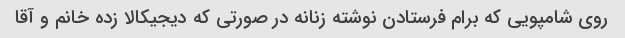
روی شامپویی که برام فرستادن نوشته زنانه در صورتی که دیجیکالا زده خانم و آقا